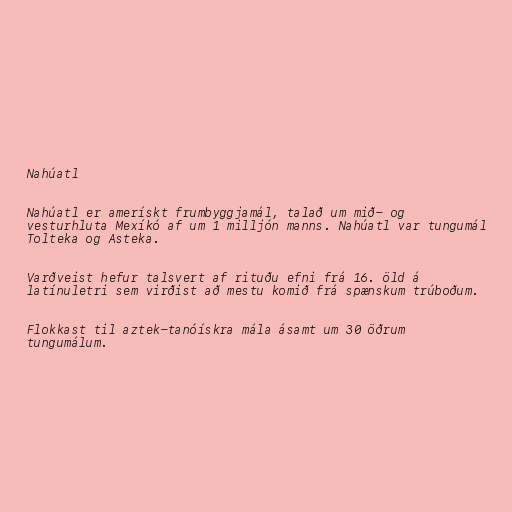
Nahúatl

Nahúatl er amerískt frumbyggjamál, talað um mið- og
vesturhluta Mexíkó af um 1 milljón manns. Nahúatl var tungumál
Tolteka og Asteka.

Varðveist hefur talsvert af rituðu efni frá 16. öld á
latínuletri sem virðist að mestu komið frá spænskum trúboðum.

Flokkast til aztek-tanóískra mála ásamt um 30 öðrum
tungumálum.